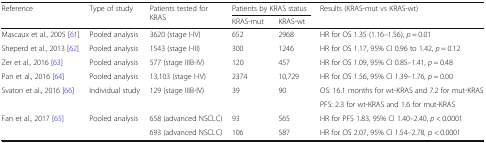
<table><thead><tr><td rowspan="2"><b>Reference</b></td><td rowspan="2"><b>Type of study</b></td><td rowspan="2"><b>Patients tested for KRAS</b></td><td colspan="2"><b>Patients by KRAS status</b></td><td rowspan="2"><b>Results (KRAS-mut vs KRAS-wt)</b></td></tr><tr><td><b>KRAS-mut</b></td><td><b>KRAS-wt</b></td></tr></thead><tbody><tr><td>Mascaux et al., 2005 [61]</td><td>Pooled analysis</td><td>3620 (stage I-IV)</td><td>652</td><td>2968</td><td>HR for OS 1.35 (1.16–1.56), <i>p</i> = 0.01</td></tr><tr><td>Sheperd et al., 2013 [62]</td><td>Pooled analysis</td><td>1543 (stage I-III)</td><td>300</td><td>1246</td><td>HR for OS 1.17, 95% CI 0.96 to 1.42, <i>p</i> = 0.12</td></tr><tr><td>Zer et al., 2016 [63]</td><td>Pooled analysis</td><td>577 (stage IIIB-IV)</td><td>120</td><td>457</td><td>HR for OS 1.09, 95% CI 0.85–1.41, <i>p</i> = 0.48</td></tr><tr><td>Pan et al., 2016 [64]</td><td>Pooled analysis</td><td>13,103 (stage I-IV)</td><td>2374</td><td>10,729</td><td>HR for OS 1.56, 95% CI 1.39–1.76, <i>p</i> = 0.00</td></tr><tr><td rowspan="2">Svaton et al., 2016 [66]</td><td rowspan="2">Individual study</td><td rowspan="2">129 (stage IIIB-IV)</td><td rowspan="2">39</td><td rowspan="2">90</td><td>OS: 16.1 months for wt-KRAS and 7.2 for mut-KRAS</td></tr><tr><td>PFS: 2.3 for wt-KRAS and 1.6 for mut-KRAS</td></tr><tr><td rowspan="2">Fan et al., 2017 [65]</td><td rowspan="2">Pooled analysis</td><td>658 (advanced NSCLC)</td><td>93</td><td>565</td><td>HR for PFS 1.83, 95% CI 1.40–2.40, <i>p</i> &lt; 0.0001</td></tr><tr><td>693 (advanced NSCLC)</td><td>106</td><td>587</td><td>HR for OS 2.07, 95% CI 1.54–2.78, p &lt; 0.0001</td></tr></tbody></table>